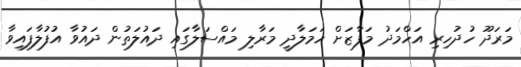
މަރަދޫ ހުދުހިރި އަހްމަދު މަފާޒަށް ހަމަލާދީ މަރާލި މައްސަލާގައި ދައުލަތުން ދައުވާ އުފުލާފައިވާ